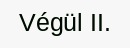
Végül II.